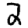
Digit: 2